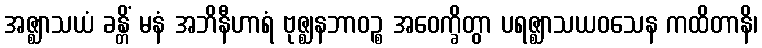
အဇ္ဈာသယံ ခန္တိံ မနံ အဘိနီဟာရံ ဗုဇ္ဈနဘာဝဉ္စ အဝေက္ခိတွာ ပရဇ္ဈာသယဝသေန ကထိတာနိ၊